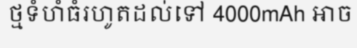
ថ្មទំហំធំរហូតដល់ទៅ 4000mAh អាច